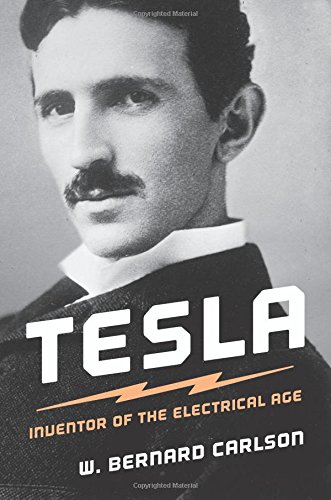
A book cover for Tesla: Inventor of the Electrical Age; W. Bernard Carlson; Engineering & Transportation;